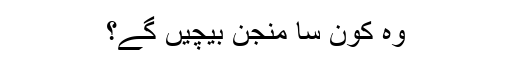
وہ کون سا منجن بیچیں گے؟